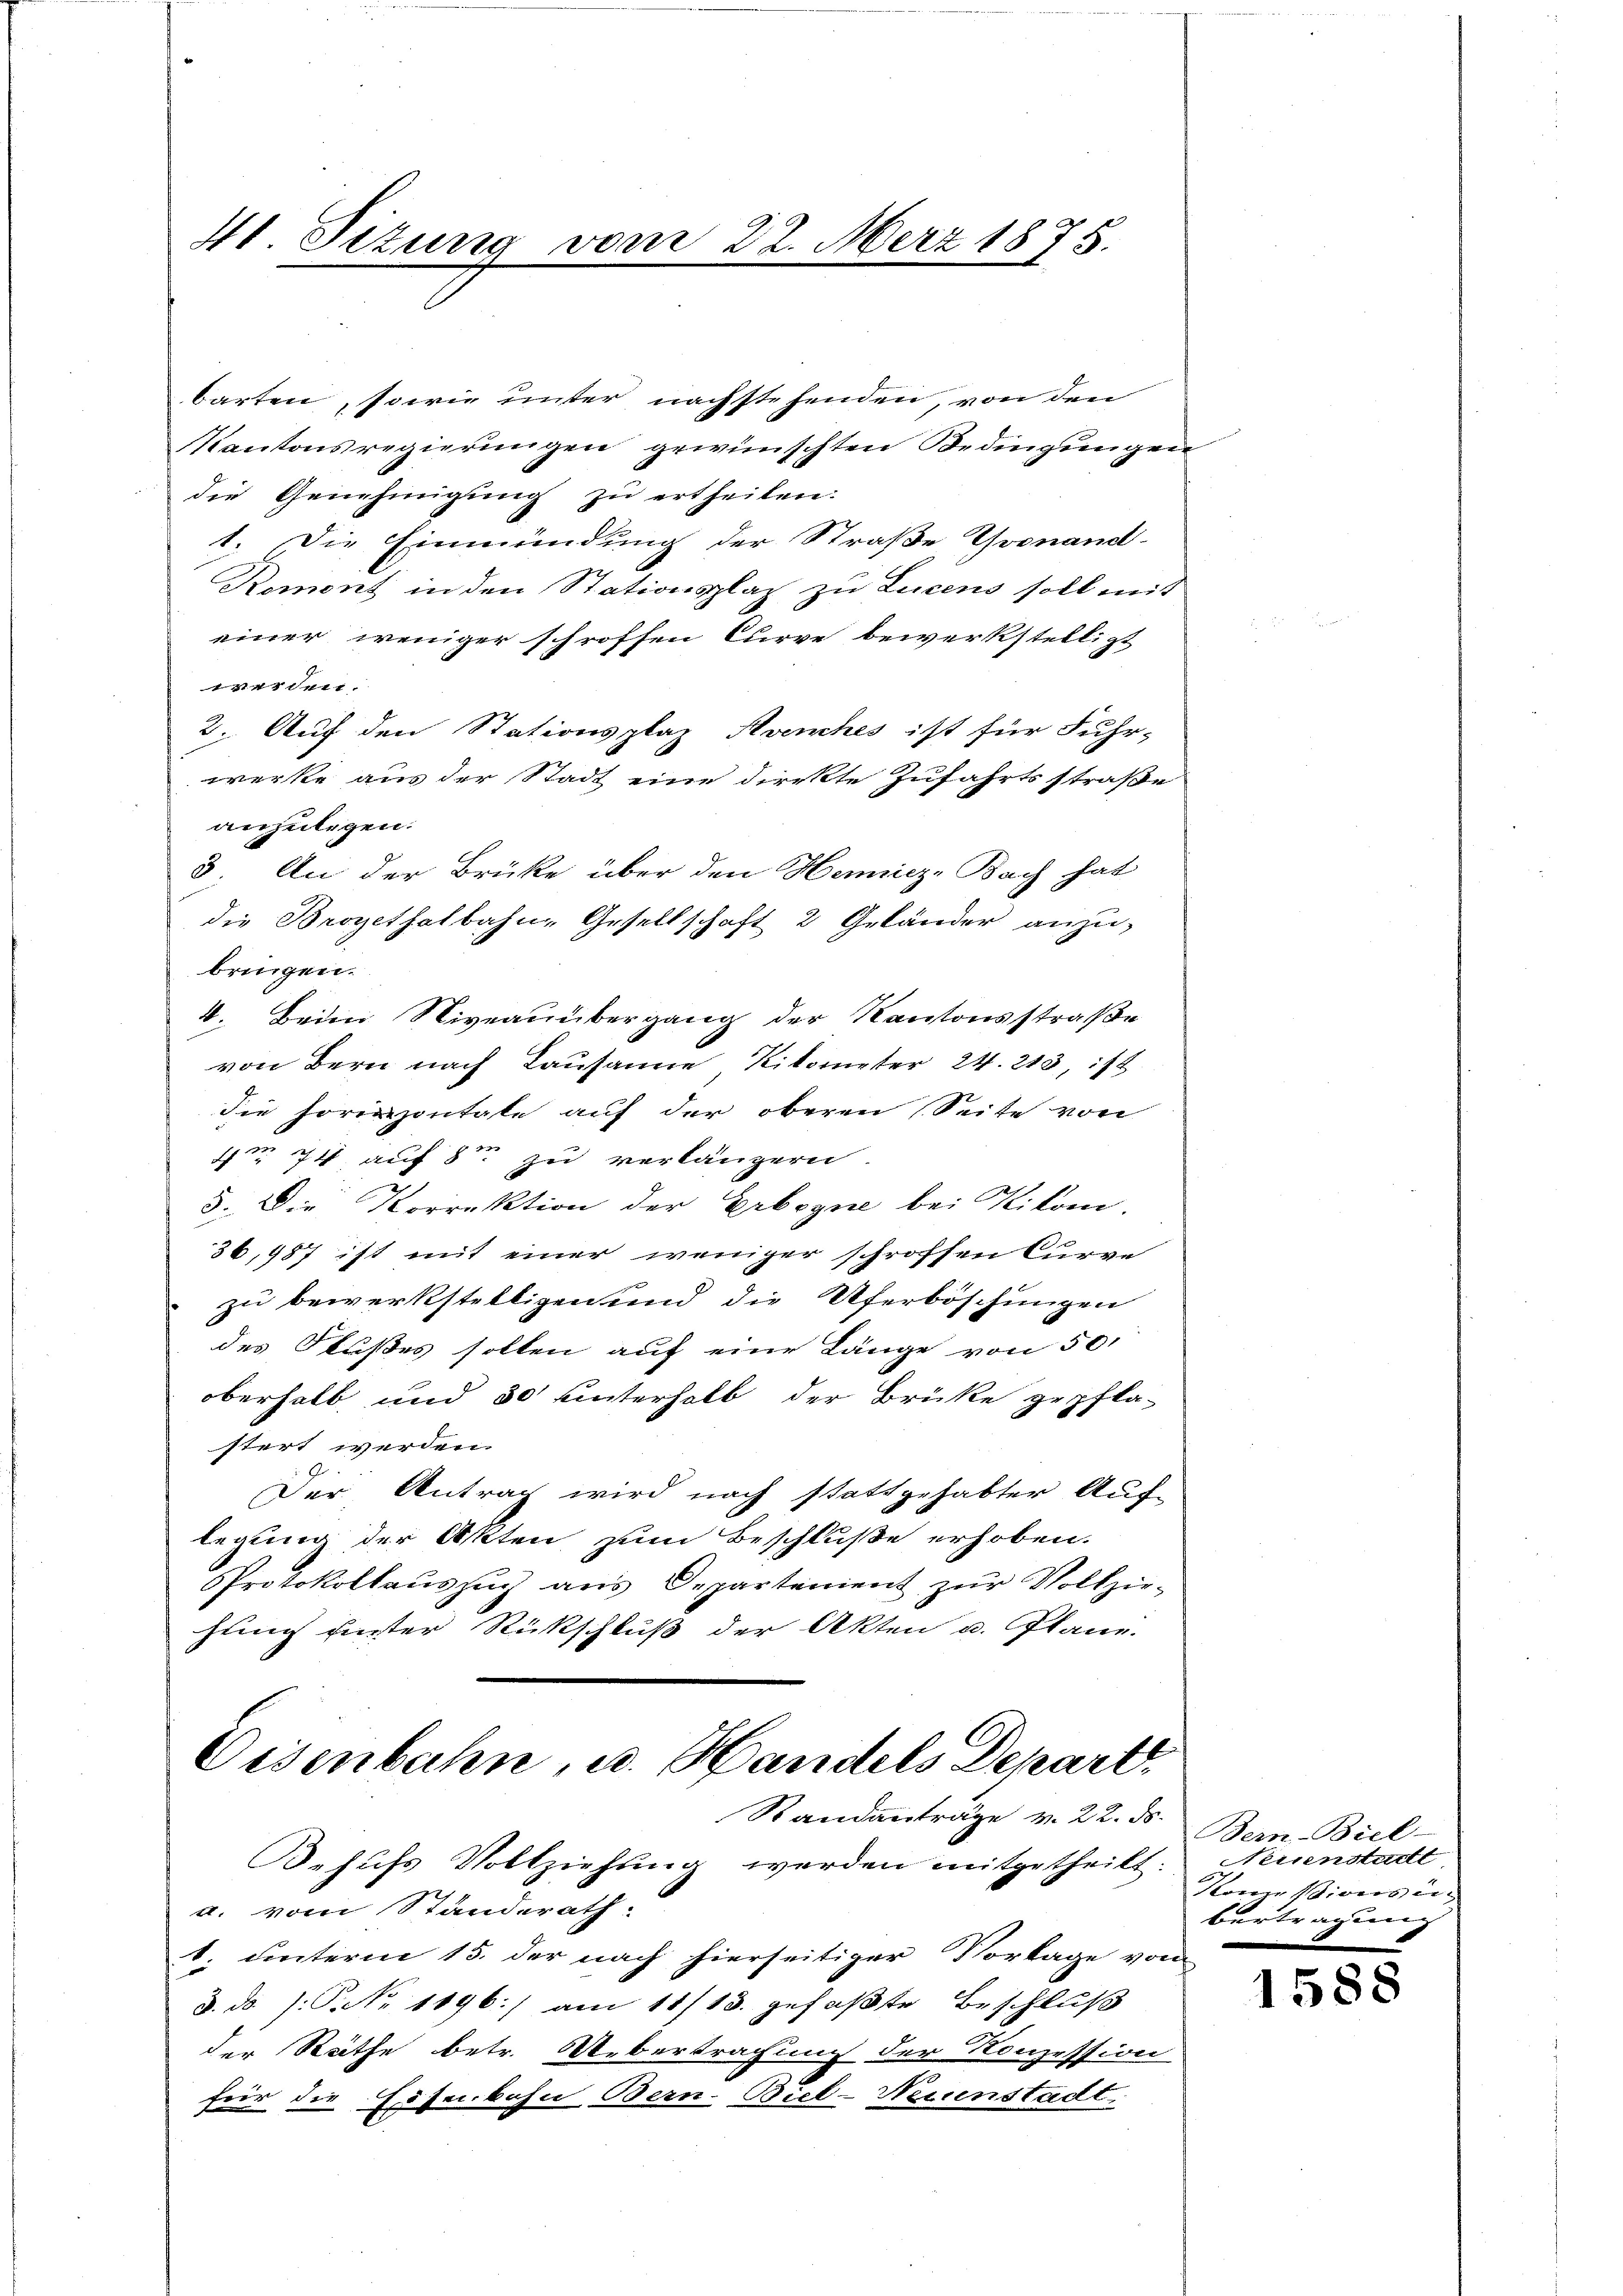
41. Situng vom 22. März 1875.

barten, sowie unter nächstehenden, von den
Kantonsregierungen gewünschten Bedingungen
die Genehmigung zu ertheilen.
1. Die Einmündung der Straße Yvonand-
Remont in den Stationsplaz zu Lucens soll mit
einer weniger schroffen Curve bewerkstelligt
werden.
2. Auf den Stationsplaz Avenches ist für Fuhr-
werke aus der Stadt eine direkte Zufahrtsstraße
anzulegen.
3. An der Brücke über den Hemünze Bach hat
die Brogethalbahn- Gesellschaft 2 Geländer anzubringen.
4. Beim Niveauübergang der Kantonsstraße
von Bern nach Lausanne, Kilometer 24. 213, ist
die horizontale auf der oberen Seite von
 74, auf 8 zu verlängern.
5. Die Korrektion der Erbene bei Kilomi-
36,987 ist mit einer weniger schroffen Curve
zu bewerkstelligen und die Uferböschungen
des Flußes sollen auf eine Länge von 50
oberhalb und 30 unterhalb der Brücke gepflastert werden.
Der Antrag wird nach stattgehabter Auf-
legung der Akten zum Beschluße erhoben.
Protokollaŭszŭg ans Departenient zŭr Vollzie-
hung unter Rückschluß der Akten u. Plane.

Eisenbahn, u. Handels Depart
Standanträge v. 22. ds.

Behufs Vollziehung werden mitgetheilt. Neuenstadt
a. vom Standerath:
1. unterm 15. der nach hierseitiger Vortage von
d. d. J. P. Nr. 1196) am 11/13. gefaßte Beschluß
der Räthe betr. Uebertrachung der Konzession
für die Eisenbahn Bern-Bül-Neunstadt,

Bern Biel
Name Widersei
bertragung

1588